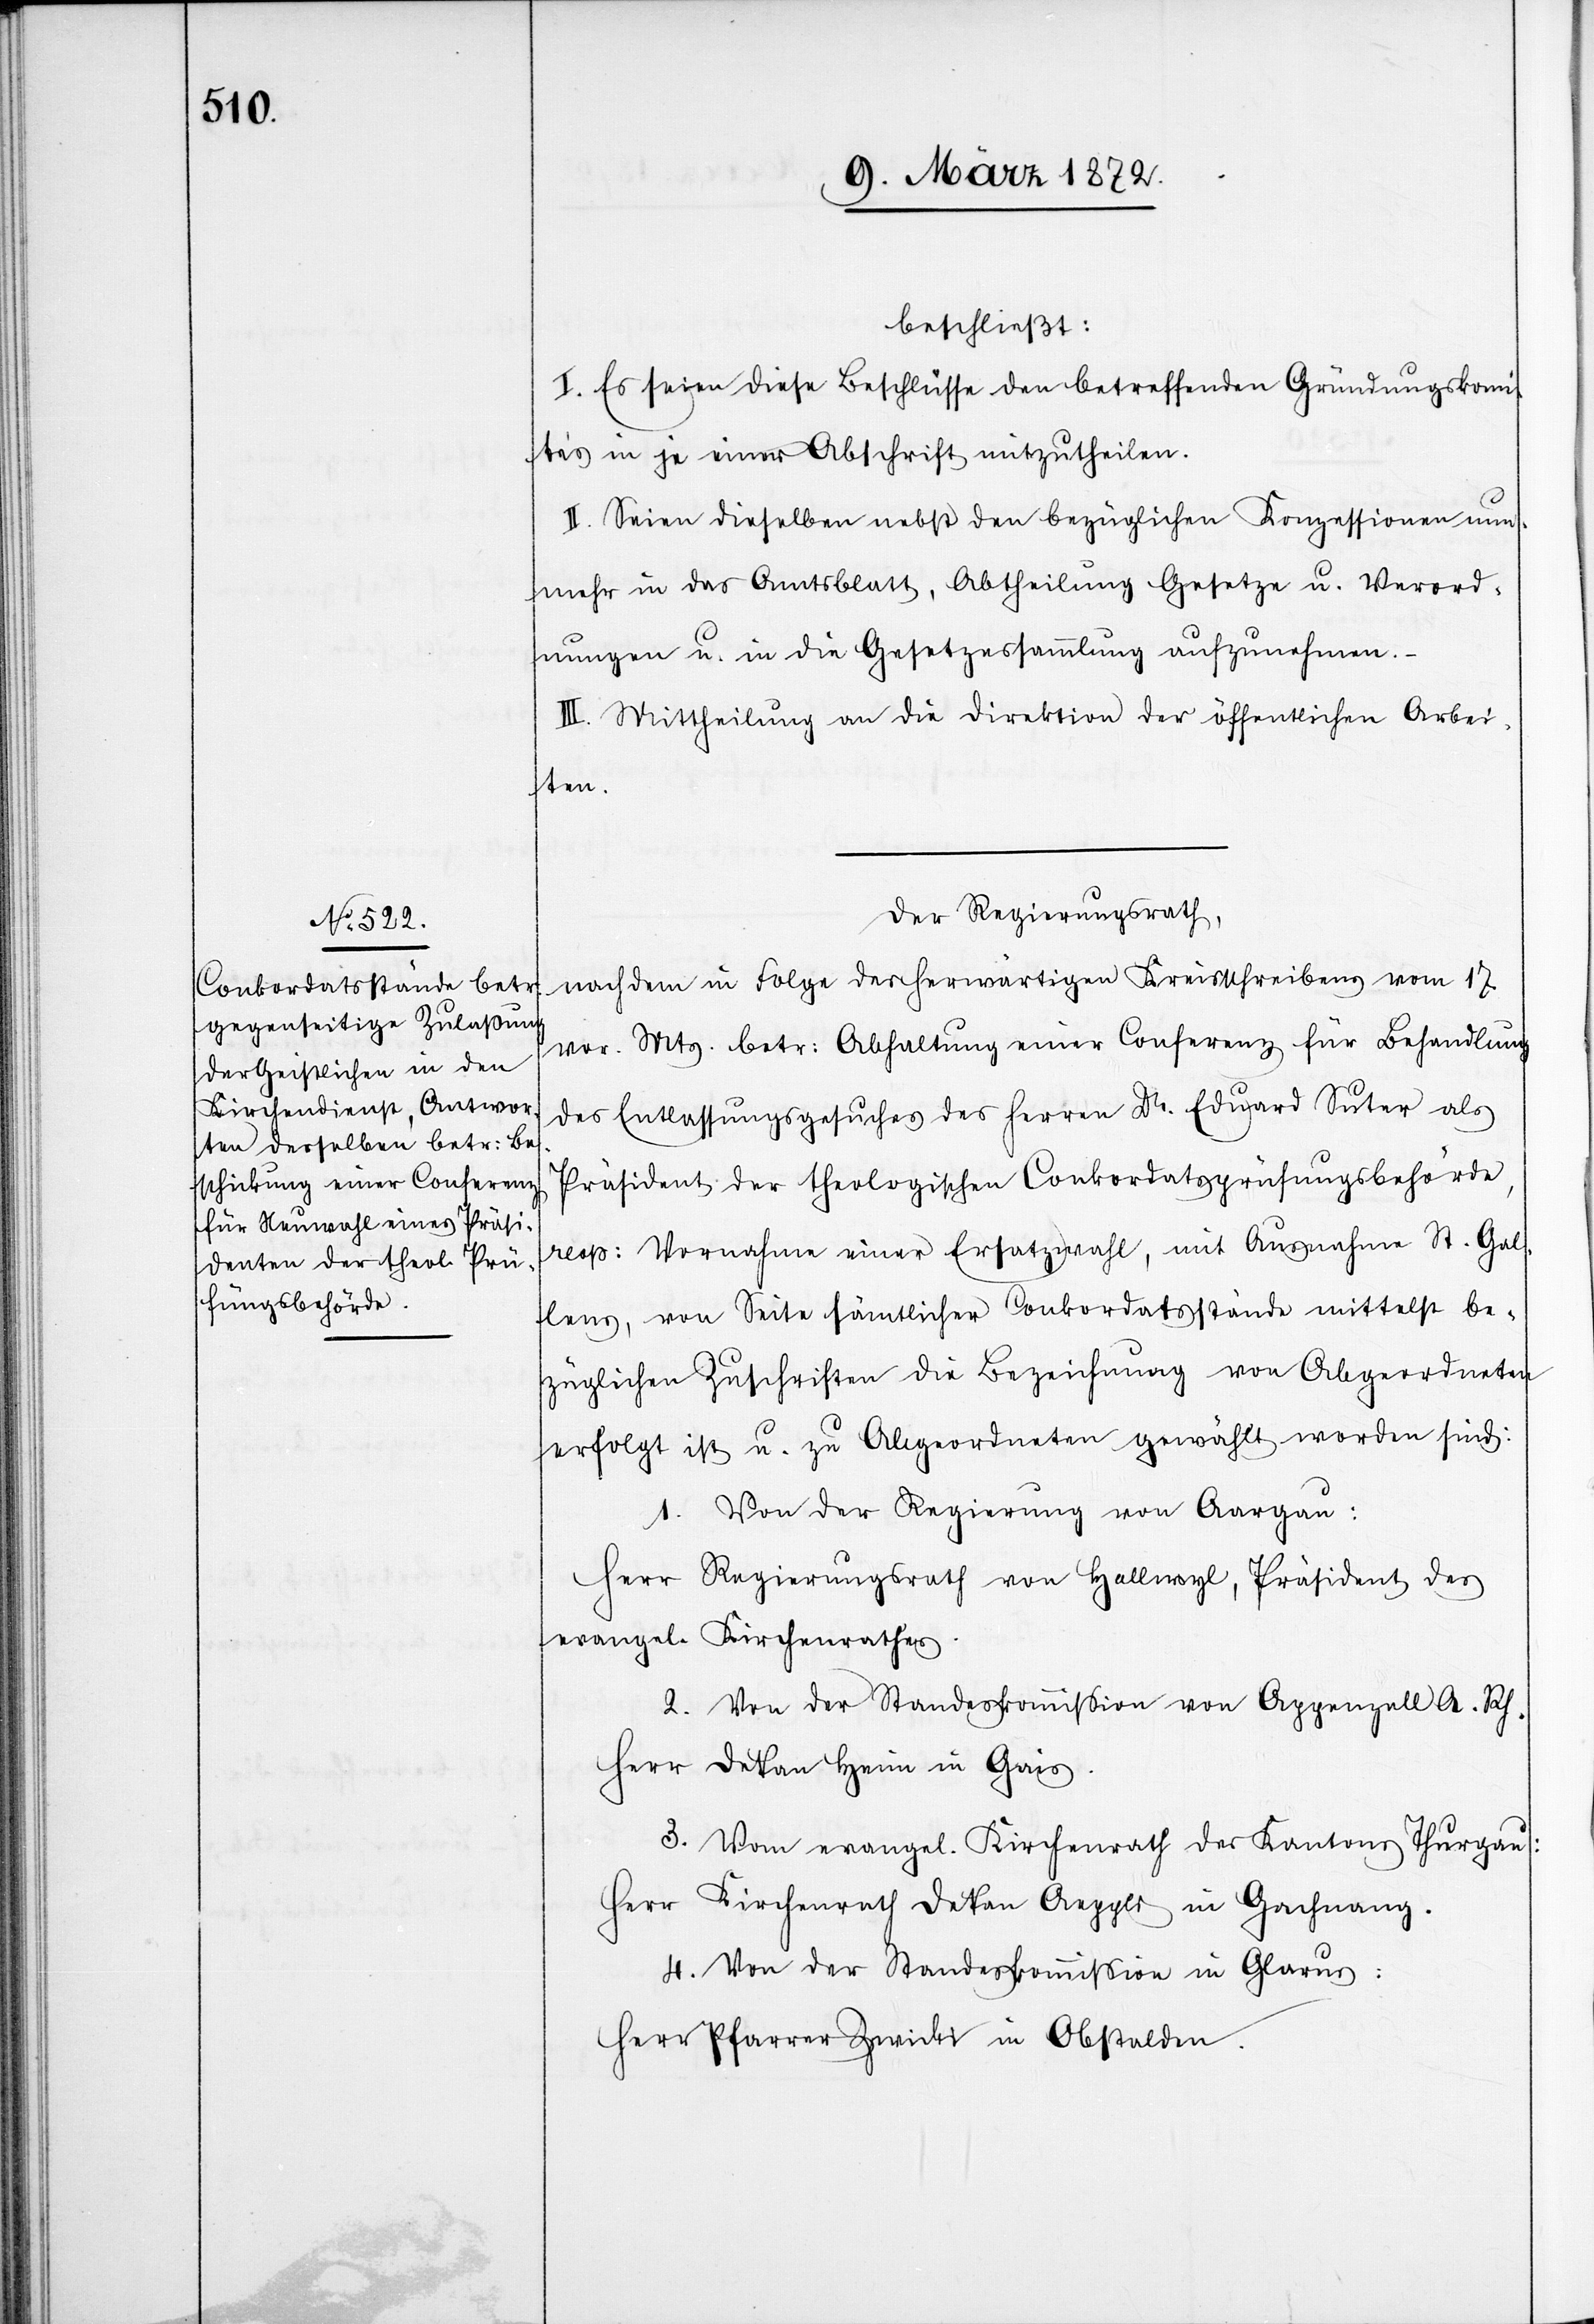
beschließt:
I. Es seien diese Beschlüsse den betreffenden Gründungskom¬
ités in je einer Abschrift mitzutheilen.
II. Seien dieselben nebst den bezüglichen Konzessionen nun¬
mehr in das Amtsblatt, Abtheilung Gesetze u. Verord¬
nungen u. in die Gesetzessammlung aufzunehmen.
III. Mittheilung an die Direktion der öffentlichen Arbei¬
ten.
Der Regierungsrath,
nachdem in Folge des herwärtigen Kreisschreibens vom 17.
vor. Mts. betr: Abhaltung einer Conferenz für Behandlung
des Entlassungsgesuches des Herren Dr. Eduard Suter als
Präsident der theologischen Conkordatsprüfungsbehörde,
resp. Vornahme einer Ersatzwahl, mit Ausnahme St. Gal¬
lens, von Seite sämtlicher Conkordatsstände mittelst be¬
züglichen Zuschriften die Bezeichnung von Abgeordneten
erfolgt ist u. zu Abgeordneten gewählt worden sind:
1. Von der Regierung von Aargau:
Herr Regierungsrath von Hallwyl, Präsident des
evangel. Kirchenrathes.
2. Von der Standeskommission von Appenzell A. Rh.
Herr Dekan Heim in Gais.
3. Vom evangel. Kirchenrath des Kantons Thurgau:
Herr Kirchenrath Dekan Aeppli in Gachnang.
4. Von der Standeskommission in Glarus:
Herr Pfarrer Zwicki in Obstalden.